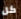
كل